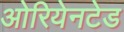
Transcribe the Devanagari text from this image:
ओरियेनटेड